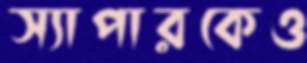
স্যাপারকেও